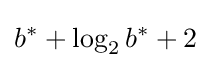
b^{*}+\log _{2}b^{*}+2